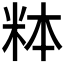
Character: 𬖓